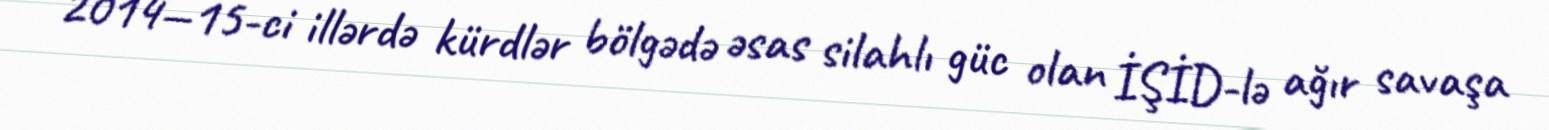
2014—15-ci illərdə kürdlər bölgədə əsas silahlı güc olan İŞİD-lə ağır savaşa